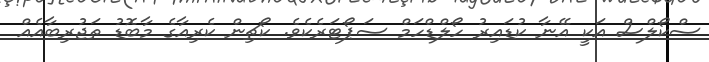
ސްކޯލްސް އަކީ އޭނާ ކުޑައިރު ހޯލްޑްހަމް ސަޕޯޓަރެކެވެ. ކޯޗިން ކެރިއާގެ މާބޮޑު ތަޖުރިބާއެއް